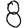
Digit: 8